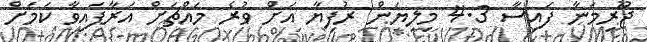
ޖޫރިމަނާ ފައިސާ 4.3 މިލިޔަން ރުފިޔާ އަށް ވުރެ މައްޗަށް އަރާފައިވާ ކަމަށް